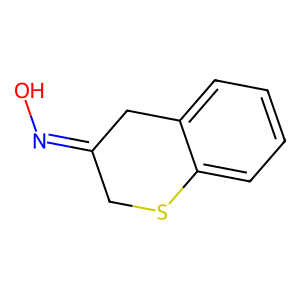
SMILES: ON=C1CSc2ccccc2C1
Inhibits HIV replication: No